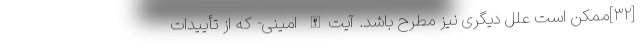
[۳۲]ممکن است علل دیگری نیز مطرح باشد. آیت‌الله امینی- که از تأییدات